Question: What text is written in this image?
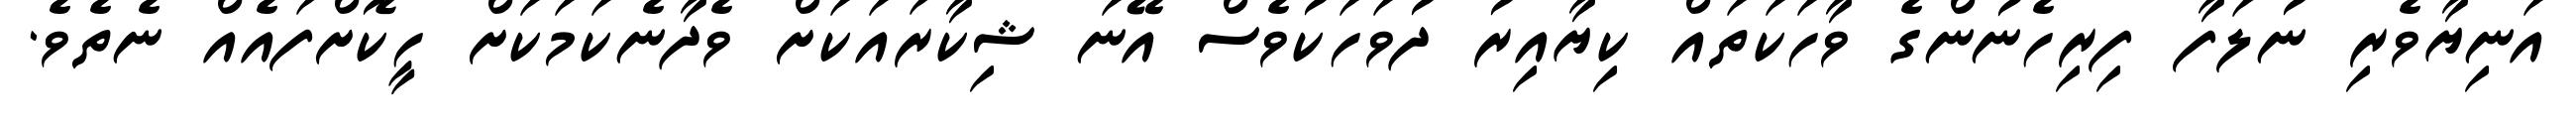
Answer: އަނިޔާވެރި ނުލަފާ ފިރިހެނުންގެ ވާހަކަތައް ކިޔާއިރު ދުވަހަކުވެސް އޭނަ ޝިކާރައަކަށް ވެދާނެކަމަކަށް ހީކޮށްފައެއް ނެތެވެ.